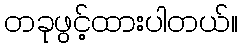
တခုဖွင့်ထားပါတယ်။